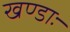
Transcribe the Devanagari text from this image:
खण्डाः